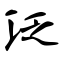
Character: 泛